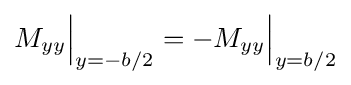
M_{yy}{\Bigr |}_{y=-b/2}=-M_{yy}{\Bigr |}_{y=b/2}